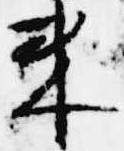
来